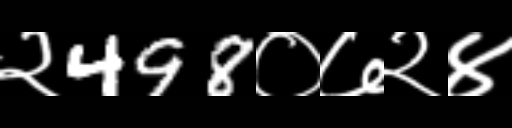
Text: २498०७२४